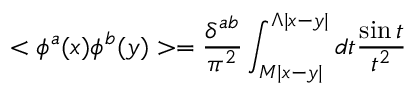
< \phi ^ { a } ( x ) \phi ^ { b } ( y ) > = \frac { \delta ^ { a b } } { \pi ^ { 2 } } \int _ { M | x - y | } ^ { \Lambda | x - y | } d t \frac { \sin t } { t ^ { 2 } }